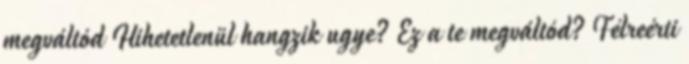
megváltód Hihetetlenül hangzik ugye? Ez a te megváltód? Félreérti